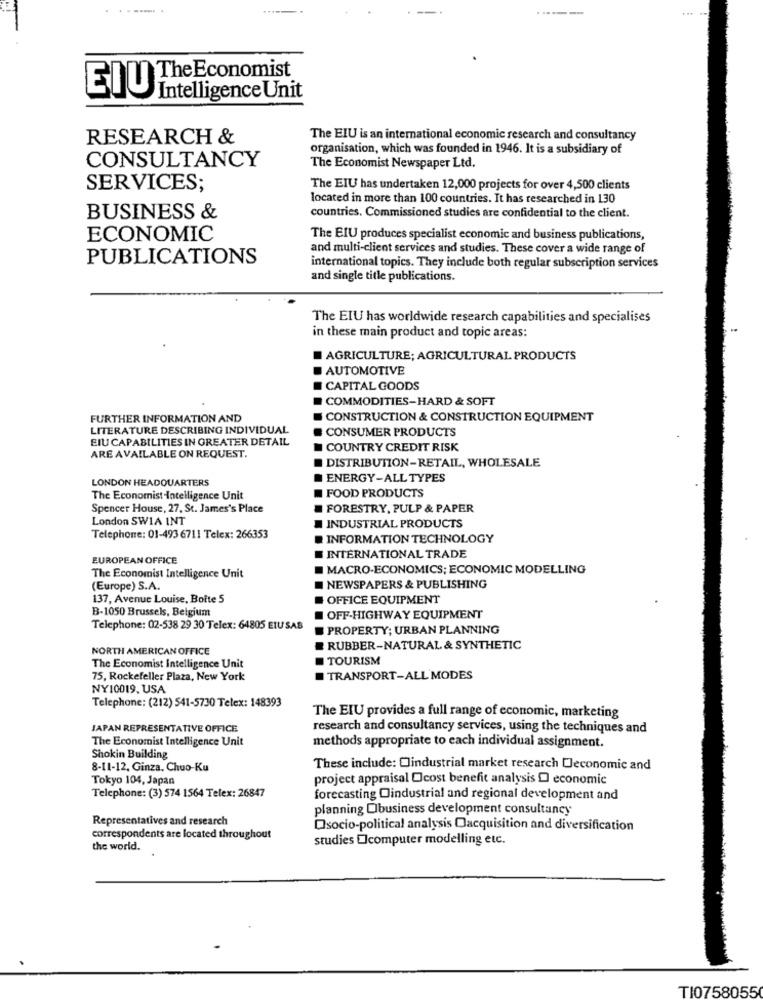
.----
The Economist
EIU
Intelligence Unit
RESEARCH &
The EIU is an international economic research and consultancy
organisation, which was founded in 1946. It is a subsidiary of
CONSULTANCY
The Economist Newspaper Ltd.
SERVICES;
The EIU has undertaken 12,000 projects for over 4,500 clients
located in more than 100 countries. It has researched in 130
BUSINESS &
countries. Commissioned studies are confidential to the client.
ECONOMIC
The EIU produces specialist economic and business publications,
and multi-client services and studies. These cover a wide range of
PUBLICATIONS
international topics. They include both regular subscription services
and single title publications.
The EIU has worldwide research capabilities and specialises
in these main product and topic areas:
AGRICULTURE; AGRICULTURAL PRODUCTS
AUTOMOTIVE
CAPITAL GOODS
COMMODITIES-HARD & SOFT
FURTHER INFORMATION AND
CONSTRUCTION & CONSTRUCTION EQUIPMENT
LITERATURE DESCRIBING INDIVIDUAL
CONSUMER PRODUCTS
EIU CAPABILITIES IN GREATER DETAIL
COUNTRY CREDIT RISK
ARE AVAILABLE ON REQUEST.
DISTRIBUTION-RETAIL, WHOLESALE
LONDON HEADQUARTERS
ENERGY-ALL TYPES
FOOD PRODUCTS
The Economist Intelligence Unit
Spencer House, 27, St. James's Place
FORESTRY, PULP & PAPER
London SWIA INT
INDUSTRIAL PRODUCTS
Telephone: 01-493 6711 Telex: 266353
INFORMATION TECHNOLOGY
EUROPEAN OFFICE
INTERNATIONAL TRADE
MACRO-ECONOMICS; ECONOMIC MODELLING
The Economist Intelligence Unit
(Europe) S.A.
NEWSPAPERS & PUBLISHING
137, Avenue Louise, Boîte 5
OFFICE EQUIPMENT
B-1050 Brussels, Belgium
OFF-HIGHWAY EQUIPMENT
Telephone: 02-538 29 30 Telex: 64805 ETU SAB
PROPERTY; URBAN PLANNING
NORTH AMERICAN OFFICE
RUBBER-NATURAL & SYNTHETIC
TOURISM
The Economist Intelligence Unit
75, Rockefeller Plaza, New York
TRANSPORT-ALL MODES
NY10019. USA
Telephone: (212) 541-5730 Telex: 148393
The EIU provides a full range of economic, marketing
JAPAN REPRESENTATIVE OFFICE
research and consultancy services, using the techniques and
The Economist Intelligence Unit
methods appropriate to each individual assignment.
Shokin Building
8-11-12, Ginza, Chuo-Ku
These include: Oindustrial market research Cleconomic and
Tokyo 104, Japan
project appraisal Ocost benefit analysis O economic
Telephone: (3) 574 1564 Telex: 26847
forecasting Oindustrial and regional development and
planning Obusiness development consultancy
Representatives and research
Osocio-political analysis Oacquisition and diversification
correspondents are located throughout
studies Ocomputer modelling etc.
the world.
TI0758055